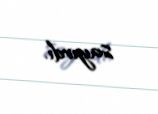
sayırdı.